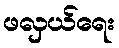
ဖလှယ်ရေး